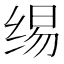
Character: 𰬣